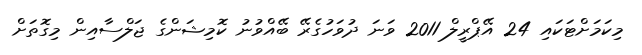
މިކަމަށްޓަކައި 24 އޭޕްރީލް 2011 ވަނަ ދުވަހުގެރޭ ބޭއްވުނު ކޮމިޝަންގެ ޖަލްސާއިން މިގޮތަށް